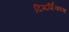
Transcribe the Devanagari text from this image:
दिग्दर्शिकाच